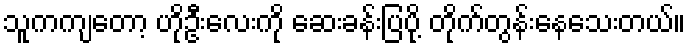
သူကကျတော့ ဟိုဦးလေးကို ဆေးခန်းပြပို့ တိုက်တွန်းနေသေးတယ်။